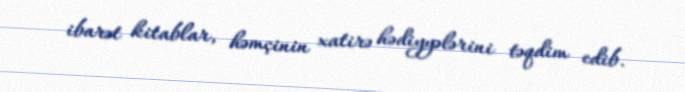
ibarət kitablar, həmçinin xatirə hədiyyələrini təqdim edib.